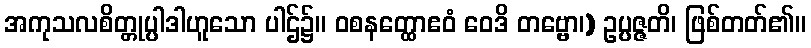
အကုသလစိတ္တုပ္ပါဒါဟူသော ပါဌ်၌။ ဝစနတ္ထောဧဝံ ဝေဒိ တဗ္ဗော၊) ဥပ္ပဇ္ဇတိ၊ ဖြစ်တတ်၏။